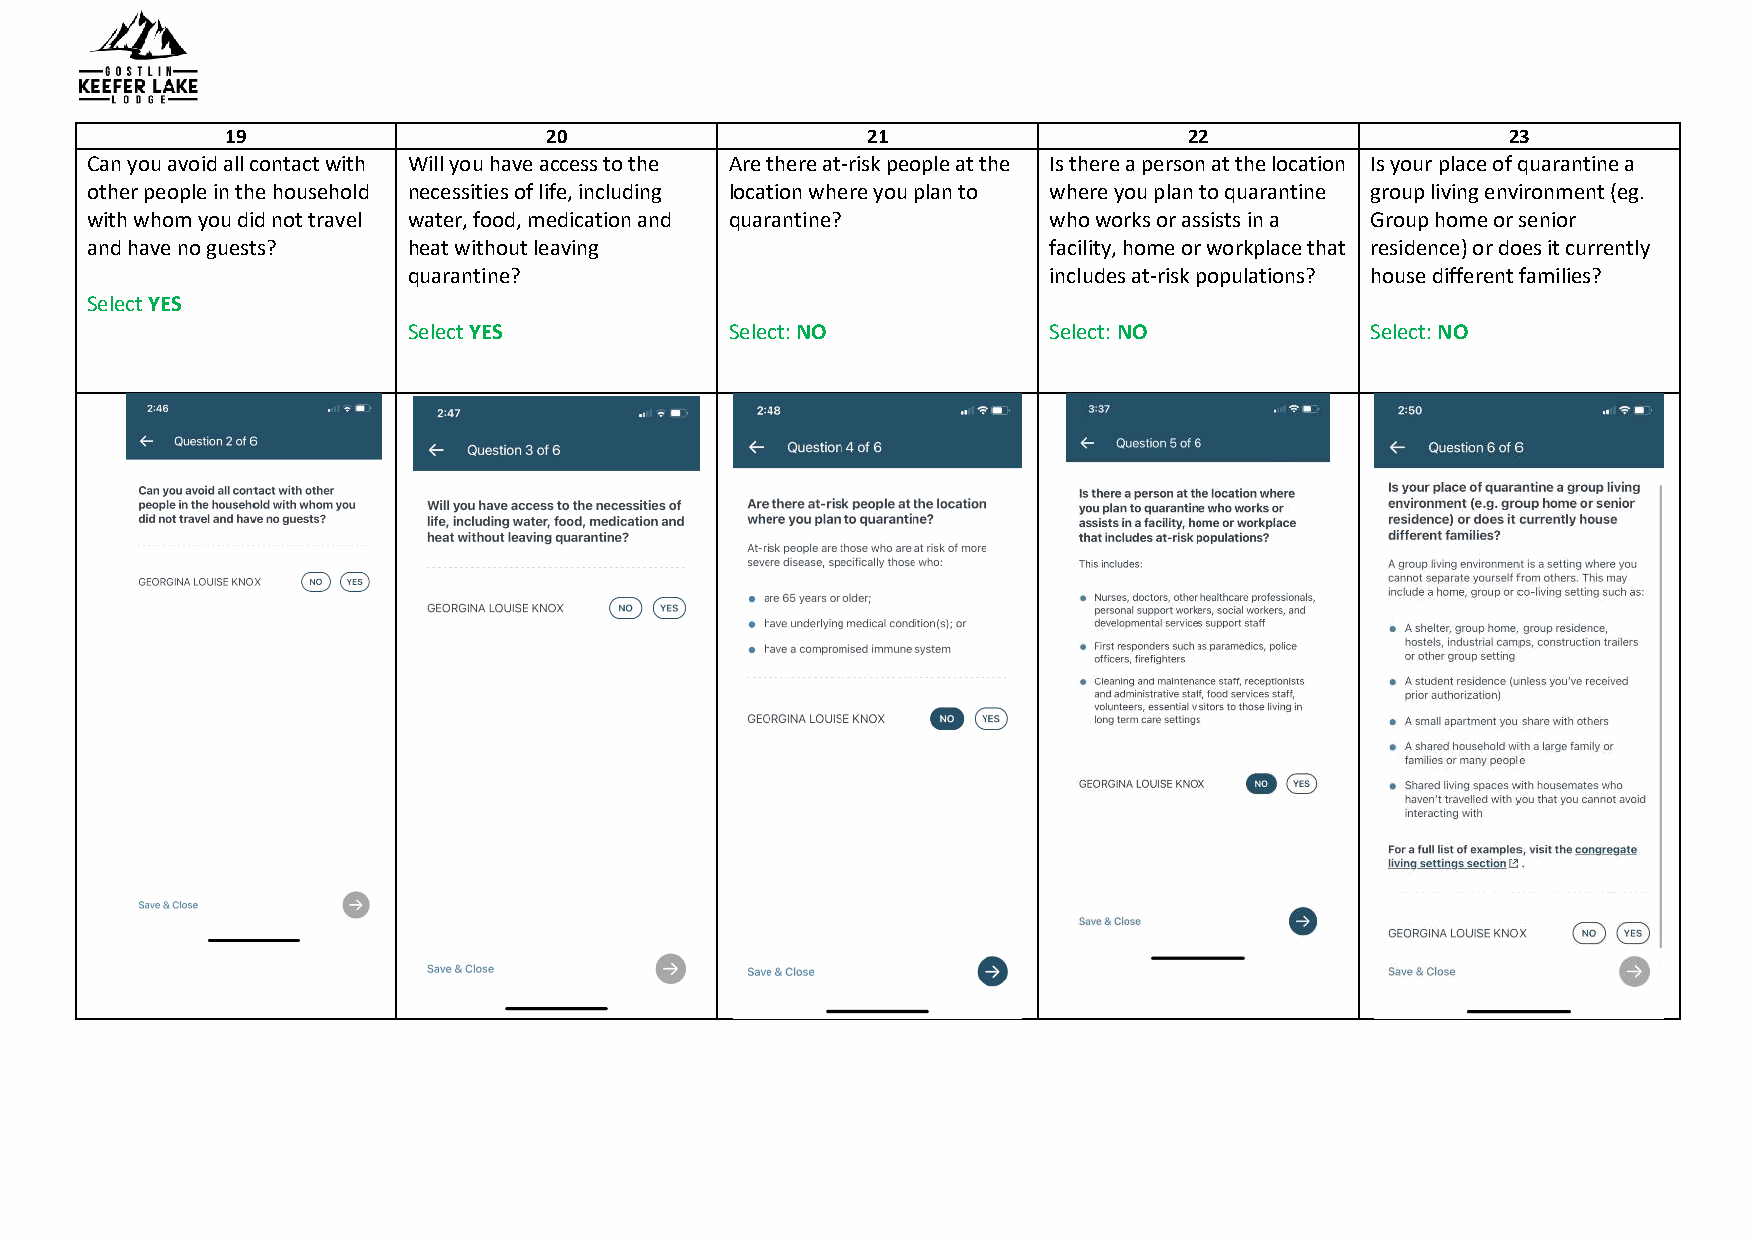
19                   20                   21                    22                   23
 Can you avoid all contact with Will you have access to the Are there at-risk people at the Is there a person at the location Is your place of quarantine a
 other people in the household necessities of life, including location where you plan to where you plan to quarantine group living environment (eg.
 with whom you did not travel water, food, medication and quarantine? who works or assists in a Group home or senior
 and have no guests?  heat without leaving                      facility, home or workplace that residence) or does it currently
 quarantine?                               includes at-risk populations? house different families?
 Select YES
 Select YES           Select: NO           Select: NO            Select: NO